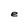
Character: e